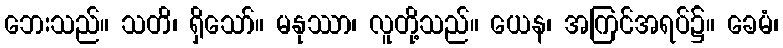
ဘေးသည်။ သတိ၊ ရှိသော်။ မနုဿာ၊ လူတို့သည်။ ယေန၊ အကြင်အရပ်၌။ ခေမံ၊